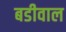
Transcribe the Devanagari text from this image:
बडीवाल